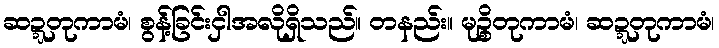
ဆဍ္ဍတုကာမံ၊ စွန့်ခြင်းငှါအလိုရှိသည်။ တနည်း။ မုဉ္စိတုကာမံ၊ ဆဍ္ဍတုကာမံ၊